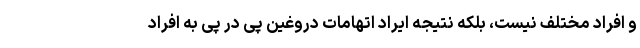
و افراد مختلف نیست، بلکه نتیجه ایراد اتهامات دروغین پی در پی به افراد